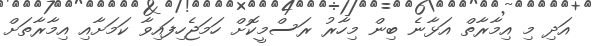
އަދި މި އިމާރާތް އަޅާނެ ބިން މިހާރު ރަސްމީކޮށް ހަމަޖެހިފައިވާ ކަމަށާއި އިމާރާތަށް